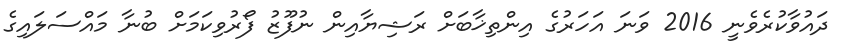
ދައުވާކުރެވެނީ 2016 ވަނަ އަހަރުގެ އިންތިޚާބަށް ރަޝިޔާއިން ނުފޫޒު ފޯރުވިކަމަށް ބުނާ މައްސަލައިގެ